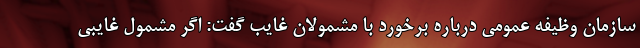
سازمان وظیفه عمومی درباره برخورد با مشمولان غایب گفت: اگر مشمول غایبی